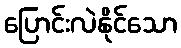
ပြောင်းလဲနိုင်သော